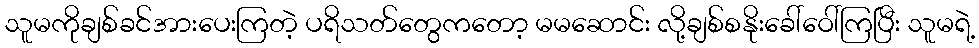
သူမကိုချစ်ခင်အားပေးကြတဲ့ ပရိသတ်တွေကတော့ မမဆောင်း လို့ချစ်စနိုးခေါ်ဝေါ်ကြပြီး သူမရဲ့